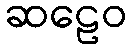
ဆဠေဝ